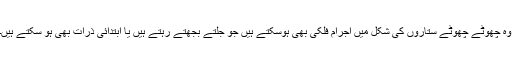
وہ چھوٹے چھوٹے ستاروں کی شکل میں اجرام فلکی بھی ہوسکتے ہیں جو جلتے بجھتے رہتے ہیں یا ابتدائی ذرات بھی ہو سکتے ہیں۔